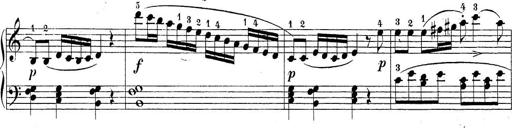
Title: Sonatina Album
Composer: Louis KÃ¶hler